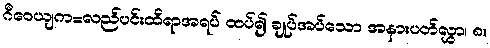
ဂီဝေယျက=လည်ပင်းထိရာအရပ် ထပ်၍ ချုပ်အပ်သော အနားပတ်လွှာ၊ ၈။